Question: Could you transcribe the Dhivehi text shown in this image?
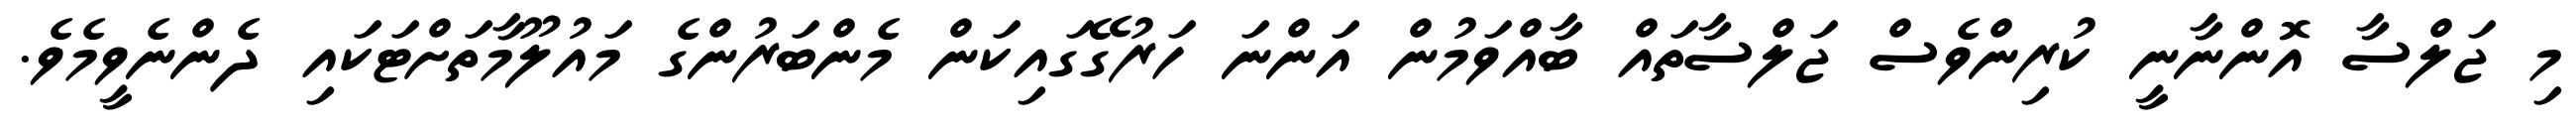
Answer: މި ޖަލްސާ އޮންނާނީ ކުރިންވެސް ޖަލްސާތައް ބާއްވަމުން އަންނަ ހަރުގޭގައިކަން މެންބަރުންގެ މައުލޫމާތަށްޓަކައި ދެންނެވީމެވެ.